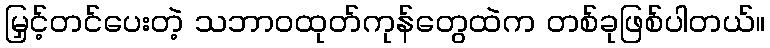
မြှင့်တင်ပေးတဲ့ သဘာဝထုတ်ကုန်တွေထဲက တစ်ခုဖြစ်ပါတယ်။